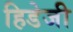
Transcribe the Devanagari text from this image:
हिडेजी